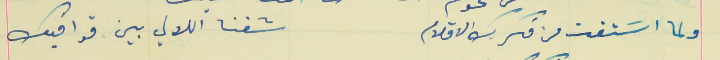
ولما اسَتقت من فكرك الاقلام                                 شفنا اللالي بين قوافيك